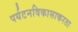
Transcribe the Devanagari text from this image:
पर्यटनविकासाकरता